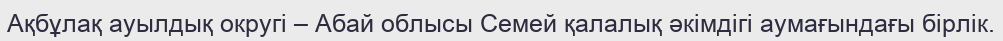
Ақбұлақ ауылдық округі – Абай облысы Семей қалалық әкімдігі аумағындағы бірлік.